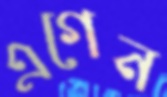
এগেন